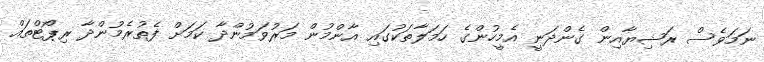
ނަމަވެސް ރަޝިޔާއިން ގެންދަނީ އެމީހުންގެ ހަމަލާތަކުގައި އާންމުން މަރުވަމުންދާ ކަމަށް ފެތުރެމުންދާ ރިޕޯޓްތައް